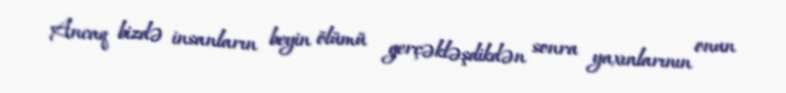
Ancaq bizdə insanların beyin ölümü gerçəkləşdikdən sonra yaxınlarının onun